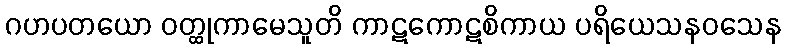
ဂဟပတယော ဝတ္ထုကာမေသူတိ ကာဋကောဋစိကာယ ပရိယေသနဝသေန